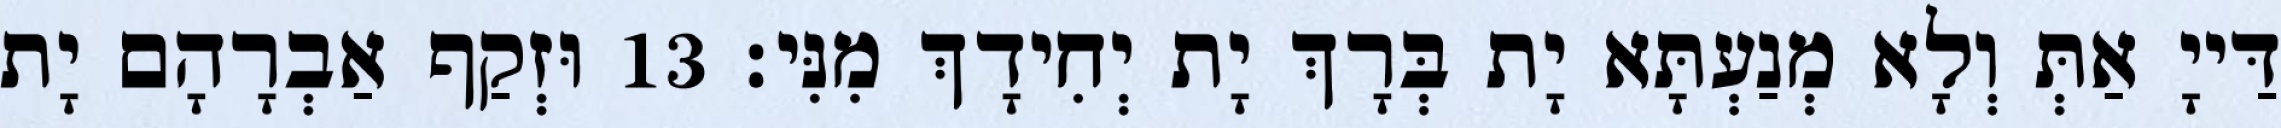
דַּייָ אַתְּ וְלָא מְנַעְתָּא יָת בְּרָךְ יָת יְחִידָךְ מִנִּי׃ 13 וּזְקַף אַבְרָהָם יָת